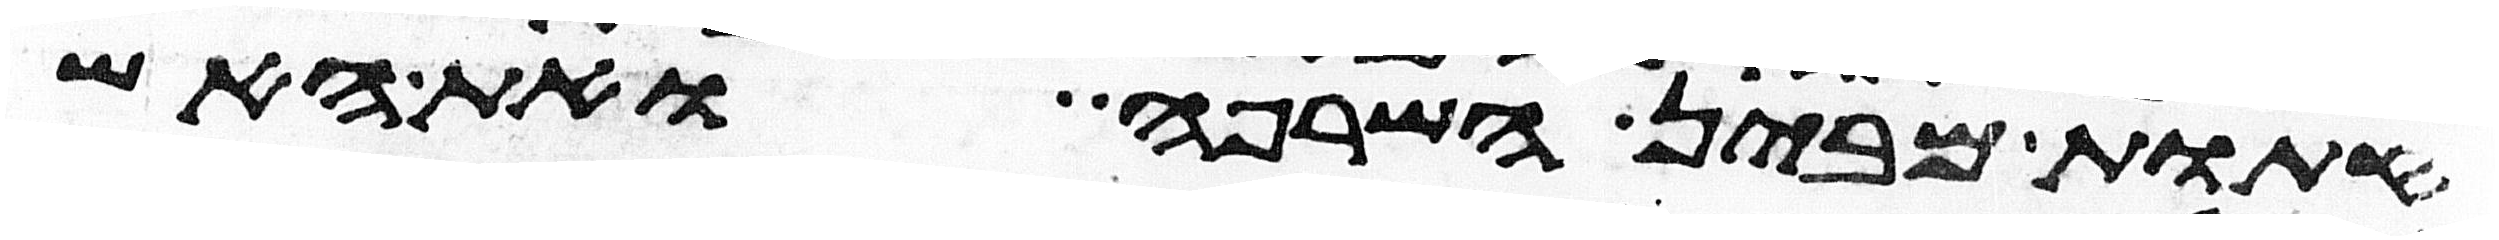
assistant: המחתות מבין השרפה ואת האש